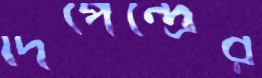
দিপেন্দ্রের